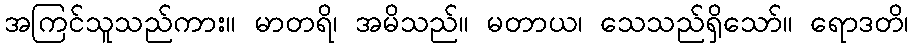
အကြင်သူသည်ကား။ မာတရိ၊ အမိသည်။ မတာယ၊ သေသည်ရှိသော်။ ရောဒတိ၊